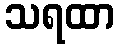
သရထာ